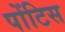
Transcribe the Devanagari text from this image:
पोंटिस